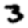
Digit: 3